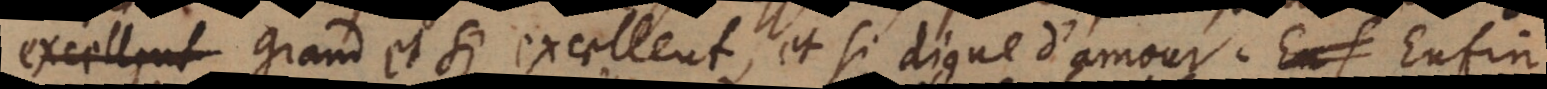
grand et si excellent, et si digne d’amour. Enfin